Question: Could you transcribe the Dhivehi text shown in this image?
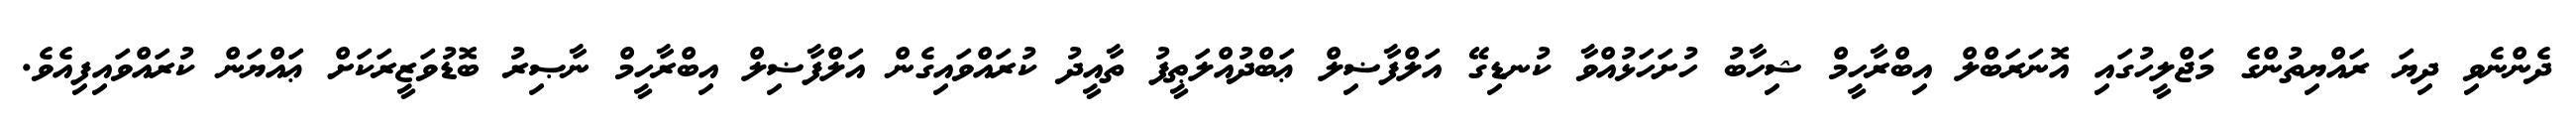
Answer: ދެންނެވި ދިޔަ ރައްޔިތުންގެ މަޖްލީހުގައި އޮނަރަބްލް އިބްރާހީމް ޝިހާބު ހުށަހަޅުއްވާ ކުނޑިގޭ އަލްފާޟިލް ޢަބްދުއްލަޠީފު ތާއީދު ކުރައްވައިގެން އަލްފާޟިލް އިބްރާހީމް ނާޞިރު ބޮޑުވަޒީރަކަށް ޢައްޔަން ކުރައްވައިފިއެވެ.